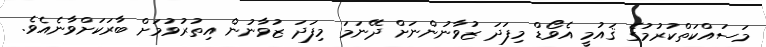
މަސައްކަތްކުރުމުގެ ޤައުމީ އެވޯޑް މިފަދަ ޒުވާނުންނަށް ދޭނަމަ މިފަދަ ޒުވާނުން އިތުރުވުމަށް ބާރަކަށްވާނެއެވެ.